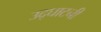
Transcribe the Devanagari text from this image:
उद्घाटनी